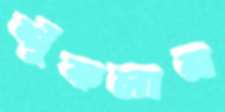
শুঁকলাম